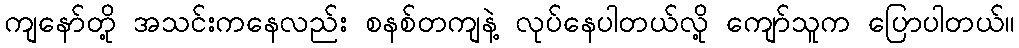
ကျနော်တို့ အသင်းကနေလည်း စနစ်တကျနဲ့ လုပ်နေပါတယ်လို့ ကျော်သူက ပြောပါတယ်။